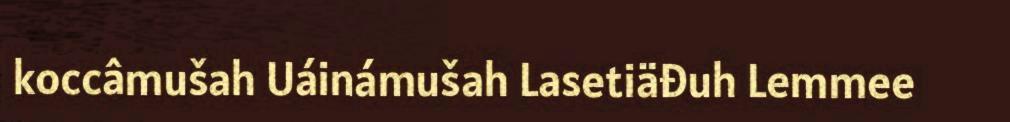
koccâmušah Uáinámušah Lasetiäđuh Lemmee